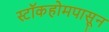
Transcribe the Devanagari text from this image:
स्टॉकहोमपासून